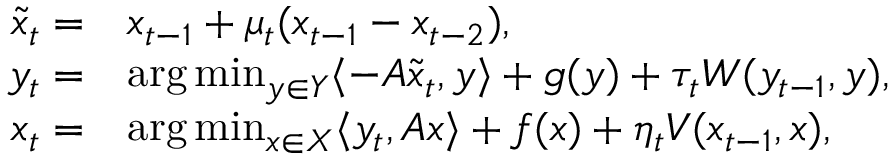
\begin{array} { r l } { \Tilde { x } _ { t } = } & { x _ { t - 1 } + \mu _ { t } ( x _ { t - 1 } - x _ { t - 2 } ) , } \\ { y _ { t } = } & { \arg \operatorname* { m i n } _ { y \in { \cal Y } } \langle - A \Tilde { x } _ { t } , y \rangle + g ( y ) + \tau _ { t } W ( y _ { t - 1 } , y ) , } \\ { x _ { t } = } & { \arg \operatorname* { m i n } _ { x \in { \cal X } } \langle y _ { t } , A x \rangle + f ( x ) + \eta _ { t } V ( x _ { t - 1 } , x ) , } \end{array}